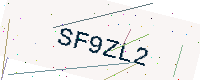
Text: SF9ZL2